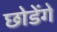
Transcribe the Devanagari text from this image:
छोडेंगे